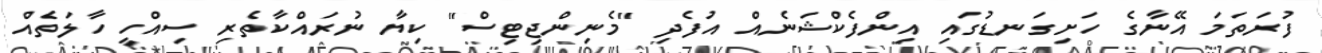
ފުރަތަމަ އޭނާގެ ހަށިގަނޑުގައި އިންފެކްޝަނެއް އުފެދި "މެނިންޖިޓިސް" ކިޔާ ނުރައްކާތެރި ސިއްހީ ހާލަތެއް